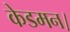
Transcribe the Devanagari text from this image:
केडमन।